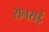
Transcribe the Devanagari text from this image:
रानसई